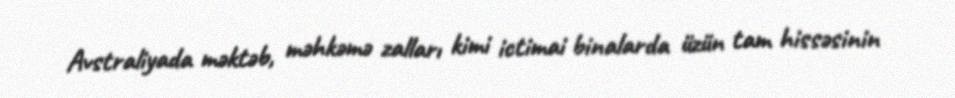
Avstraliyada məktəb, məhkəmə zalları kimi ictimai binalarda üzün tam hissəsinin